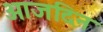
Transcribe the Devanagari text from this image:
आजदिन